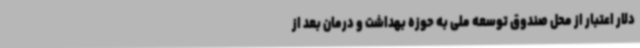
دلار اعتبار از محل صندوق توسعه ملی به حوزه بهداشت و درمان بعد از